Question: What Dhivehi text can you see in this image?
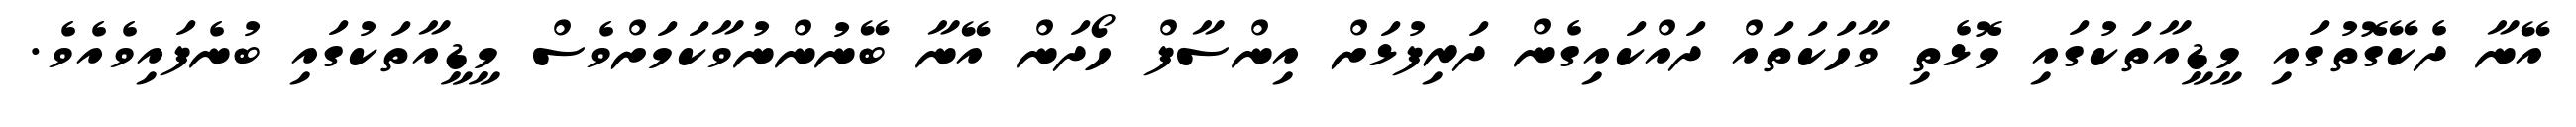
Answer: އޭނާ ދެކޭގޮތުގައި މީޑީއާތަކުގައި މޮޅެތި ވާހަކަތައް ދައްކައިގެން ދަރިފުޅަށް އިންސާފް ހޯދަން އޭނާ ބޭނުންނުވާކަމަށްވެސް މީޑީއާތަކުގައި ބުނެފައިވެއެވެ.